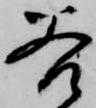
若